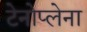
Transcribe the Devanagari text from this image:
टेनोप्लेना